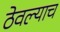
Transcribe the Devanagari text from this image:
ठेवल्याच